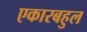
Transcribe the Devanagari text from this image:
एकारबहुल